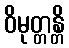
ဝိမုတ္တန္တိ